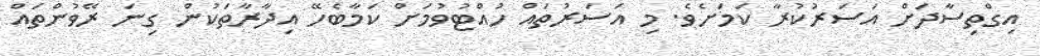
އިގްތިސާދަށް އަސަރުކުރާ ކަމަށެވެ. މި އަސަރުތައް ހުއްޓުވުމަށް ކަމާބެހޭ އިދާރާތަކުން ގިނަ ރޭވުންތައް